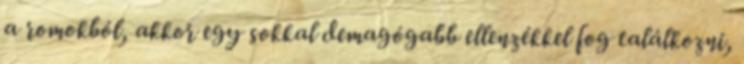
a romokból, akkor egy sokkal demagógabb ellenzékkel fog találkozni,